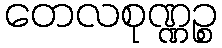
တေလစုဏ္ဏဉ္စ